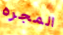
المجره